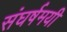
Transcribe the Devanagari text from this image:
संघर्षमयी